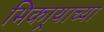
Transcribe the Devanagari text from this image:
भिकार्‍याच्या